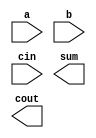
module bcdfadd16(
  input wire [15:0] a,
  input wire [15:0] b,
  input wire cin,
  output wire [15:0] sum,
  output wire cout
);

  // write your code here

endmodule